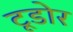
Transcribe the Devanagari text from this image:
टूडोर